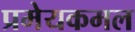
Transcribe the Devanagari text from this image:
प्रमेयकमल